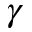
\gamma